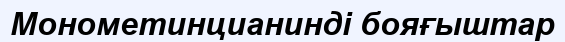
Монометинцианинді бояғыштар